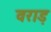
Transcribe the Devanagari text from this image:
वराड़